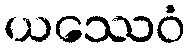
ယဿေဝံ